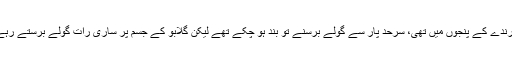
تھوڑی دیر بعد ایک معصوم ہرنی وحشی درندے کے پنجوں میں تھی، سرحد پار سے گولے برسنے تو بند ہو چْکے تھے لیکن گلابو کے جسم پر ساری رات گولے برستے رہے جس سے اْس کی روح تک زخمی ہوگئی۔